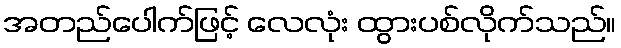
အတည်ပေါက်ဖြင့် လေလုံး ထွားပစ်လိုက်သည်။